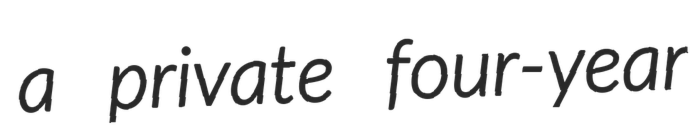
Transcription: a private four-year